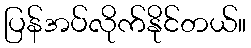
ပြန်အပ်လိုက်နိုင်တယ်။